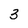
Character: 3